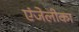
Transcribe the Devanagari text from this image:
एंजेलीका